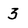
Character: 3